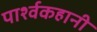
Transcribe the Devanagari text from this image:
पार्श्वकहानी